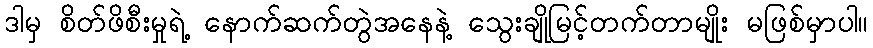
ဒါမှ စိတ်ဖိစီးမှုရဲ့ နောက်ဆက်တွဲအနေနဲ့ သွေးချိုမြင့်တက်တာမျိုး မဖြစ်မှာပါ။